Civil Veterinary Department Bengal reports 1933-51 - 1933-1951
Year: 1933
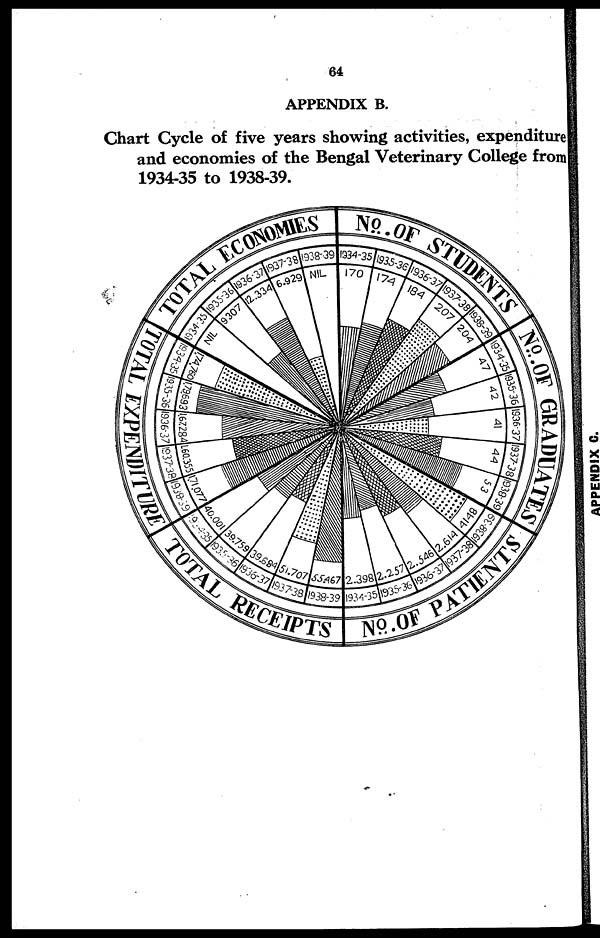
64
APPENDIX B.
Chart Cycle of five years showing activities, expenditure
and economies of the Bengal Veterinary College from
1934-35 to 1938-39.